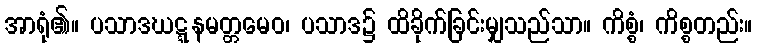
အာရုံ၏။ ပသာဒဃဋ္ဋနမတ္တမေဝ၊ ပသာဒ၌ ထိခိုက်ခြင်းမျှသည်သာ။ ကိစ္စံ၊ ကိစ္စတည်း။